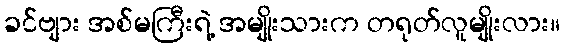
ခင်ဗျား အစ်မကြီးရဲ့ အမျိုးသားက တရုတ်လူမျိုးလား။